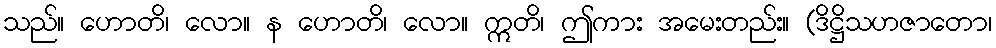
သည်။ ဟောတိ၊ လော။ န ဟောတိ၊ လော။ ဣတိ၊ ဤကား အမေးတည်း။ (ဒိဋ္ဌိသဟဇာတော၊